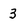
Character: 3